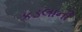
કડલાની